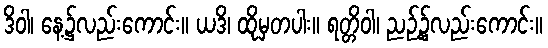
ဒိဝါ၊ နေ့၌လည်းကောင်း။ ယဒိ၊ ထိုမှတပါး။ ရတ္တိဝါ၊ ညဉ့်၌လည်းကောင်း။